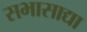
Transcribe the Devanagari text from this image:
सभासाद्या